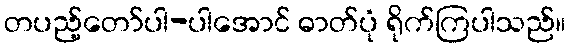
တပည့်တော်ပါ-ပါအောင် ဓာတ်ပုံ ရိုက်ကြပါသည်။